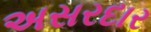
અસરદાર